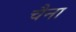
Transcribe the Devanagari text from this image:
चैना